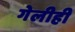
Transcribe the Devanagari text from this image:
गेलीही